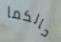
حالكما